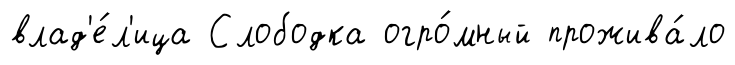
влад'е́л'ица Слободка огро́мный прожива́ло